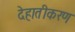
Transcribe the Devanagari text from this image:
देहातीकरण